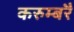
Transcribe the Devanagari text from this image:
करुम्बरै